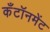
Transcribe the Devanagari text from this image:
कँटॉनमेंट